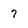
Character: 7